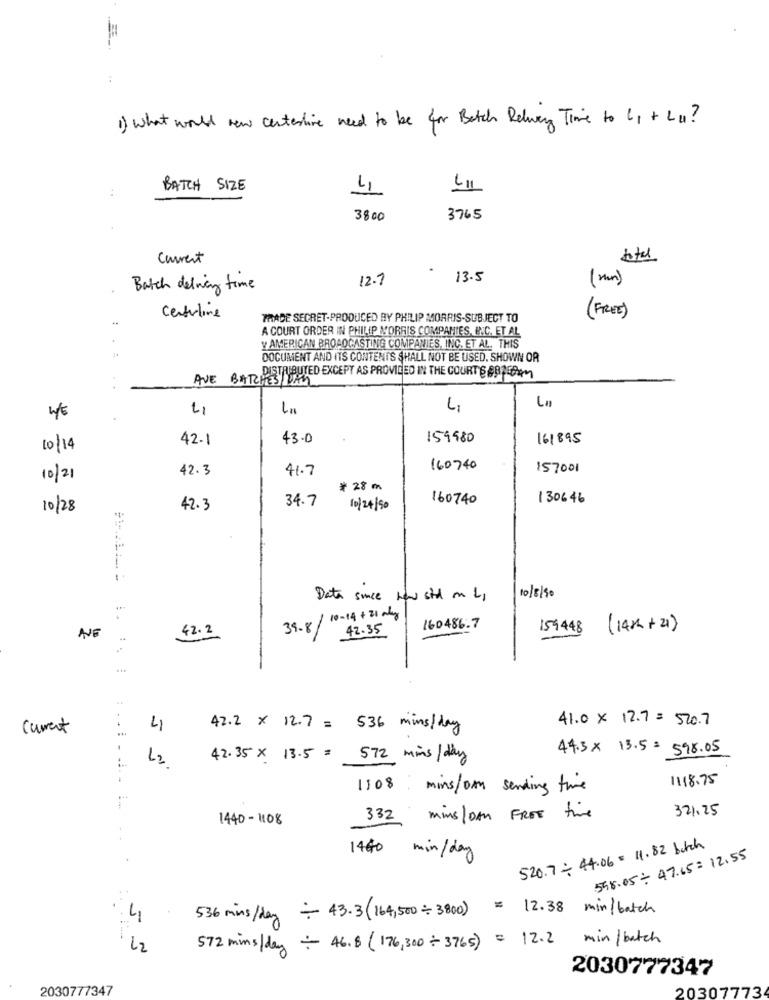
1) what would new centerline need to be for Betch Relay Time to (1 + Lu?
BATCH SIZE
L11
4
3800
3765
current
total
.
12.7
13.5
(min)
Batch deling time
(FREE)
Centerline
TRADE SECRET-PRODUCED BY PHILIP MORRIS-SUBJECT TO
A COURT ORDER IN PHILIP MORRIS COMPANIES, INC. ET AL
Y AMERICAN BROADCASTING COMPANIES, INC. ET AL. THIS
DOCUMENT AND ITS CONTENTS SHALL NOT BE USED. SHOWN OR
AVE BATCHES/
DISTRIBUTED EXCEPT AS PROVIDED IN THE COURT & #SPERM
LI
Li
4/€
.
42-1
43.0
159980
161895
10/14
42.3
41.7
160740
157001
10 /21
# 28 m
34.7
160740
130646
10/28
42.3
10/24/50
i
Data sice how sid on L1
10/8/90
/10-14+31 may
42 .2
39.8/
42.35
160486.7
159448
(198 + 2)
NE
41.0 × 12.7= 520.7
current
...
4
42.2 × 12.7 = 536 mins /day
44.3 × 13.5= 598.05
L2
42.35 x 13.5 = 572 mins/ day
1118.75
1108 mins/or sending time
321.25
1440-1108
332 mins/Dan FREE time
520.7- 44.06 : 11.82 butch
.
1460 min/day
558.05: 47.65 = 12.55
536 mins/day - 43.3 (164, 500 =3800) = 12.38 min /batch
4
572 mins/day - 46.8 (176,300 +3765) = 12.2 min/ batch
L2
2030777347
2030777347
20307773